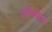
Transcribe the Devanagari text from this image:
एन्सिफेल